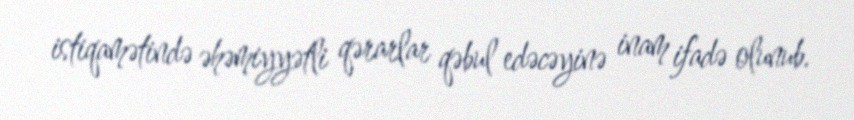
istiqamətində əhəmiyyətli qərarlar qəbul edəcəyinə inam ifadə olunub.